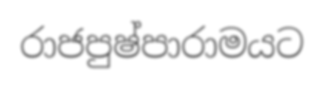
රාජපුෂ්පාරාමයට